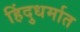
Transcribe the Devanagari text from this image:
हिंदुधर्मात